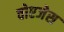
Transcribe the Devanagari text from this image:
वोएजेस